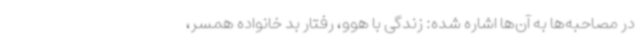
در مصاحبه‌ها به آن‌ها اشاره شده: زندگی با هوو، رفتار بد خانواده همسر،